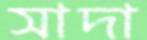
সাদা